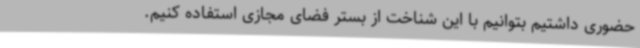
حضوری داشتیم بتوانیم با این شناخت از بستر فضای مجازی استفاده کنیم.